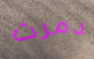
دمرت